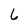
Character: 6